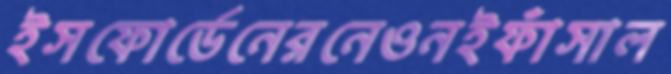
ইসফোর্ডেনেরনেওনইফাঁসাল